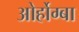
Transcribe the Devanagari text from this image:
ओर्होग्बा